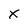
Character: x